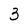
Character: 3